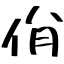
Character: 佾